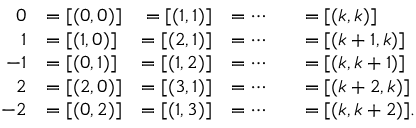
{ \begin{array} { r l r l r l } { 0 } & { = [ ( 0 , 0 ) ] } & { = [ ( 1 , 1 ) ] } & { = \cdots } & & { = [ ( k , k ) ] } \\ { 1 } & { = [ ( 1 , 0 ) ] } & { = [ ( 2 , 1 ) ] } & { = \cdots } & & { = [ ( k + 1 , k ) ] } \\ { - 1 } & { = [ ( 0 , 1 ) ] } & { = [ ( 1 , 2 ) ] } & { = \cdots } & & { = [ ( k , k + 1 ) ] } \\ { 2 } & { = [ ( 2 , 0 ) ] } & { = [ ( 3 , 1 ) ] } & { = \cdots } & & { = [ ( k + 2 , k ) ] } \\ { - 2 } & { = [ ( 0 , 2 ) ] } & { = [ ( 1 , 3 ) ] } & { = \cdots } & & { = [ ( k , k + 2 ) ] . } \end{array} }